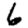
Digit: 6